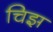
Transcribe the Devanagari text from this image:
चिझ